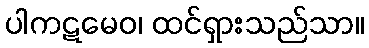
ပါကဋမေဝ၊ ထင်ရှားသည်သာ။